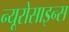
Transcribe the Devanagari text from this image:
न्यूरोसाइन्स